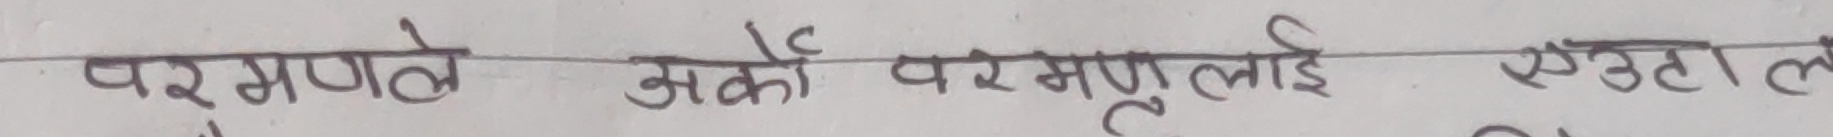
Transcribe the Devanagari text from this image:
परमाणवे अर्को परमाणुलाई एउटा ल